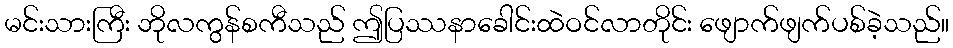
မင်းသားကြီး ဘိုလကွန်စကီသည် ဤပြဿနာခေါင်းထဲဝင်လာတိုင်း ဖျောက်ဖျက်ပစ်ခဲ့သည်။